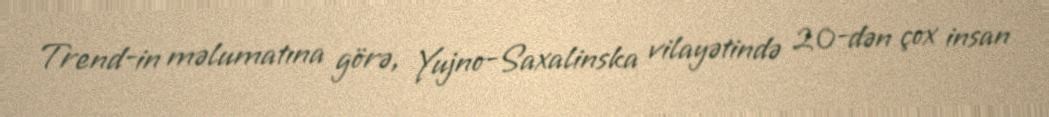
Trend-in məlumatına görə, Yujno-Saxalinska vilayətində 20-dən çox insan